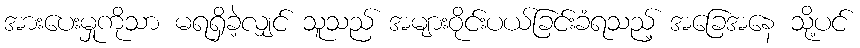
အားပေးမှုကိုသာ မရရှိခဲ့လျှင် သူသည် အများဝိုင်းပယ်ခြင်းခံရသည့် အခြေအနေ သို့ပင်